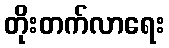
တိုးတက်လာရေး